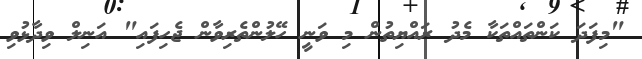
"މިފަދަ ކަންތައްތަކާ މެދު ރައްޔިތުން މި ވަނީ ހޭލުންތެރިވާން ޖެހިފައި" އަނިލް ވިދާޅުވި